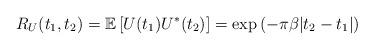
LaTeX: \begin{align*}R_U(t_1,t_2) = \mathbb{E}\left[ U(t_1) U^*(t_2)\right] = \exp\left(- \pi \beta |t_2-t_1| \right)\end{align*}